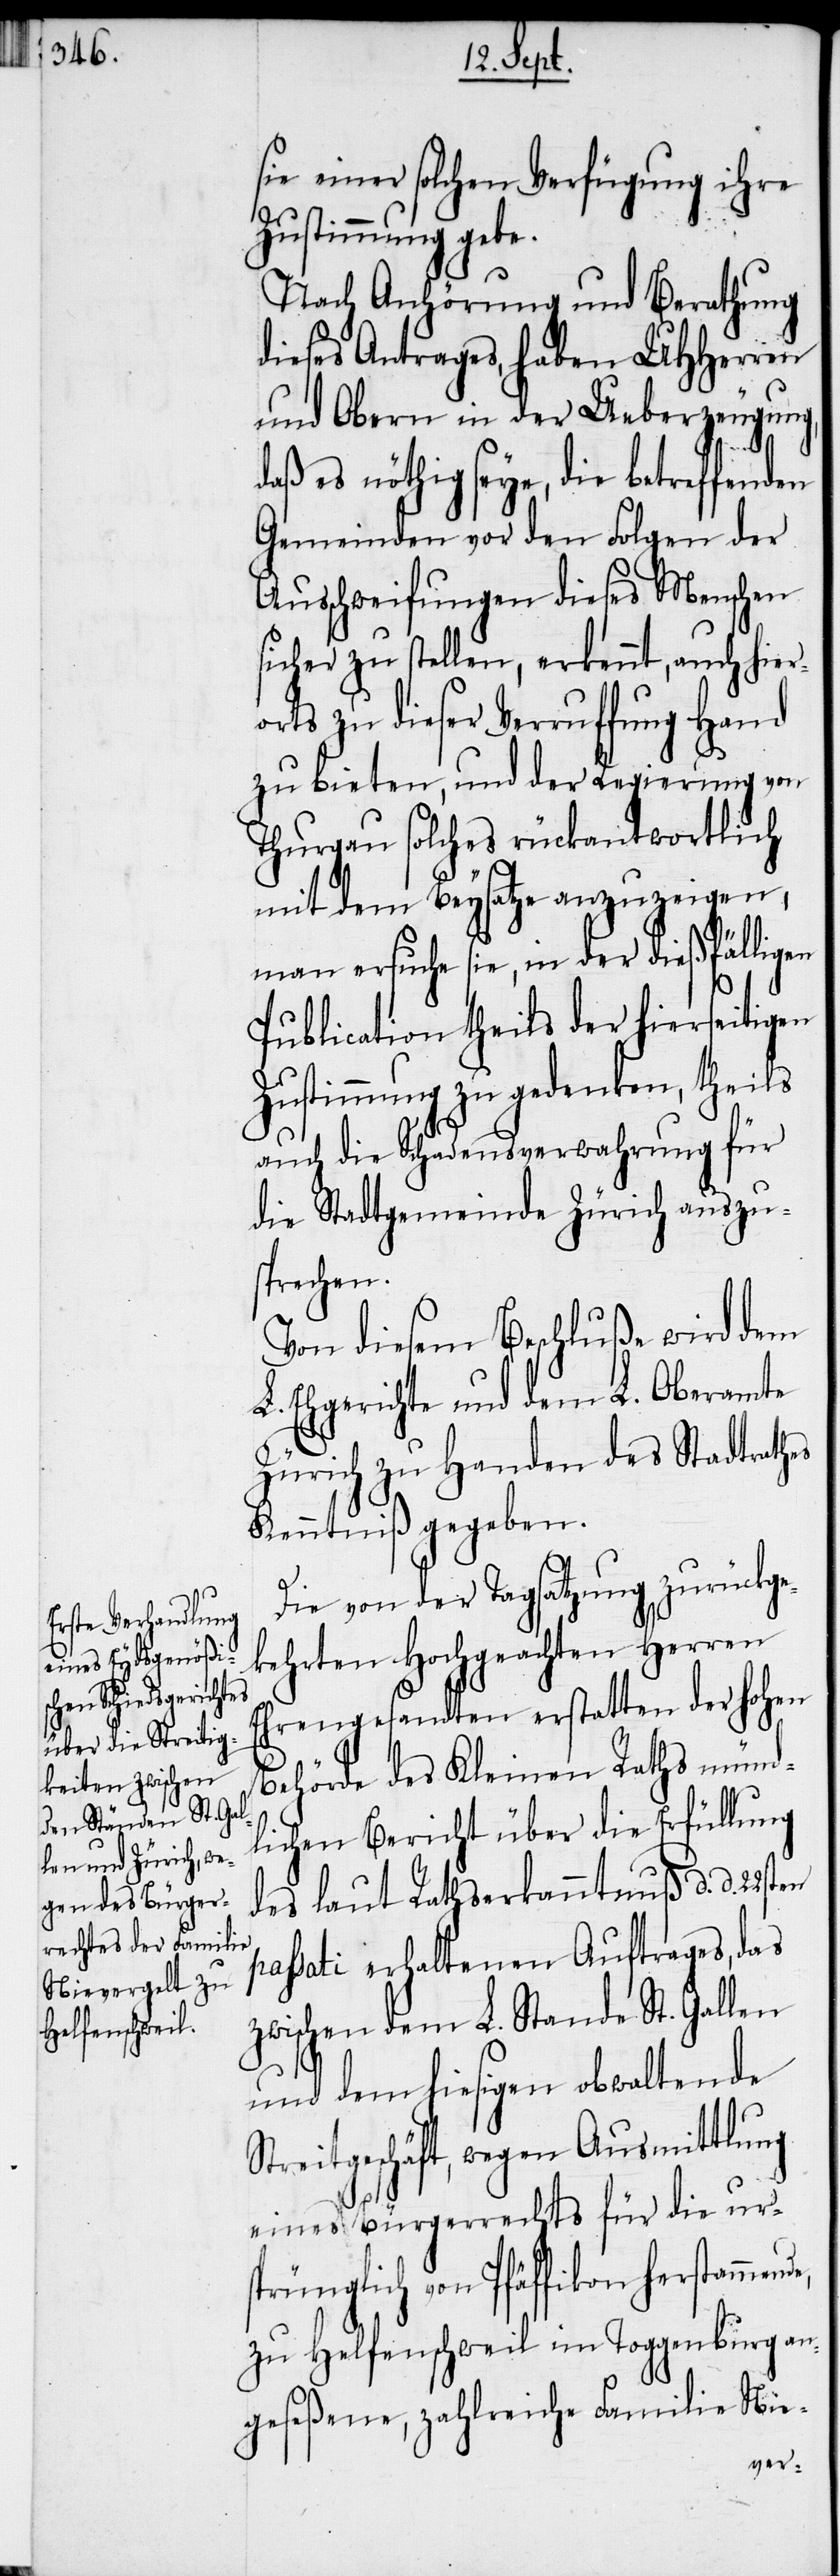
sie einer solchen Verfügung ihre
Zustimmung gebe.
Nach Anhörung und Berathung
dieses Antrages, haben UHHerren
und Obern in der Ueberzeugung,
de,
daß es nöthig seye, die betreffenden
Gemeinden vor den Folgen der
Ausschweifungen dieses Menschen
sicher zu stellen, erkennt, auch hier¬
orts zu dieser Verruffung Hand
zu bieten, und der Regierung von
Thurgau solches rückantwortlich
mit dem Beysatze anzuzeigen,
man ersuche sie, in der dießfälligen
Publication theils der hierseitigen
Zustimmung zu gedenken, theils
auch die Schadensverwahrung für
die Stadtgemeinde Zürich auszu¬
sprechen.
Von diesem Beschluße wird dem
L. Ehegerichte und dem L. Oberamte
Zürich zu Handen des Stadtrathes
Kenntniß gegeben.
Die von der Tagsatzung zurückge¬
kehrten Hochgeachten Herren
Ehrengesandten erstatten der hohen
Behörde des Kleinen Raths münd¬
lichen Bericht über die Erfüllung
des laut Rathserkanntnuß d. d. 22sten
ssati erhaltenen Auftrages, das
zwischen dem L. Stande St. Gallen
und dem hiesigen obwaltende
Streitgeschäft, wegen Ausmittlung
eines Bürgerrechts für die ur¬
sprünglich von Pfäffikon herstammen¬
zu Helfenschweil im Toggenburg an¬
geseßene, zahlreiche Familie Nie-